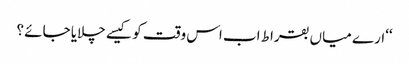
‘‘ارے میاں بقراط اب اس وقت کو کیسے چلایا جائے ؟